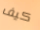
كيف